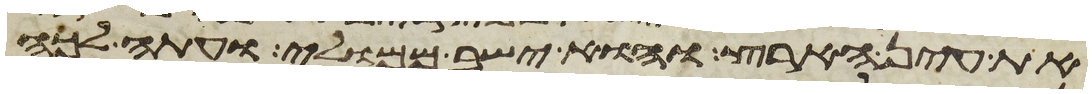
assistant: את עין הארץ והוא ישב ממולי ועתה לכה